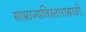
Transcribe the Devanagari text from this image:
साम्राज्यविस्तारासाठी